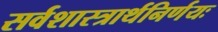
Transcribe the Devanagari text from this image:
सर्वशास्त्रार्थनिर्णयः